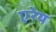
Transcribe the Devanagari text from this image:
एरेय